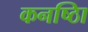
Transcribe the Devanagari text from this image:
कनष्ठाि